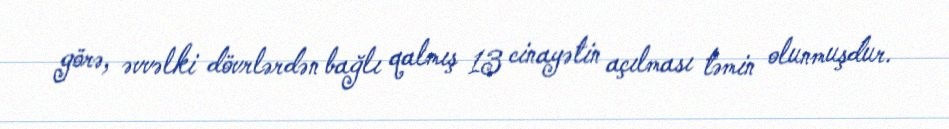
görə, əvvəlki dövrlərdən bağlı qalmış 13 cinayətin açılması təmin olunmuşdur.